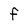
Character: f